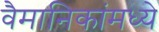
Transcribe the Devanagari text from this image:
वैमानिकांमध्ये